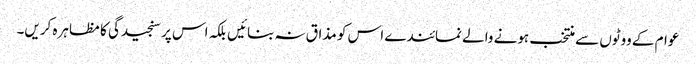
عوام کے ووٹوں سے منتخب ہونے والے نمائندے اس کو مذاق نہ بنائیں بلکہ اس پر سنجیدگی کا مظاہرہ کریں۔